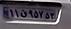
۱۱ق۹۵۷۵۳